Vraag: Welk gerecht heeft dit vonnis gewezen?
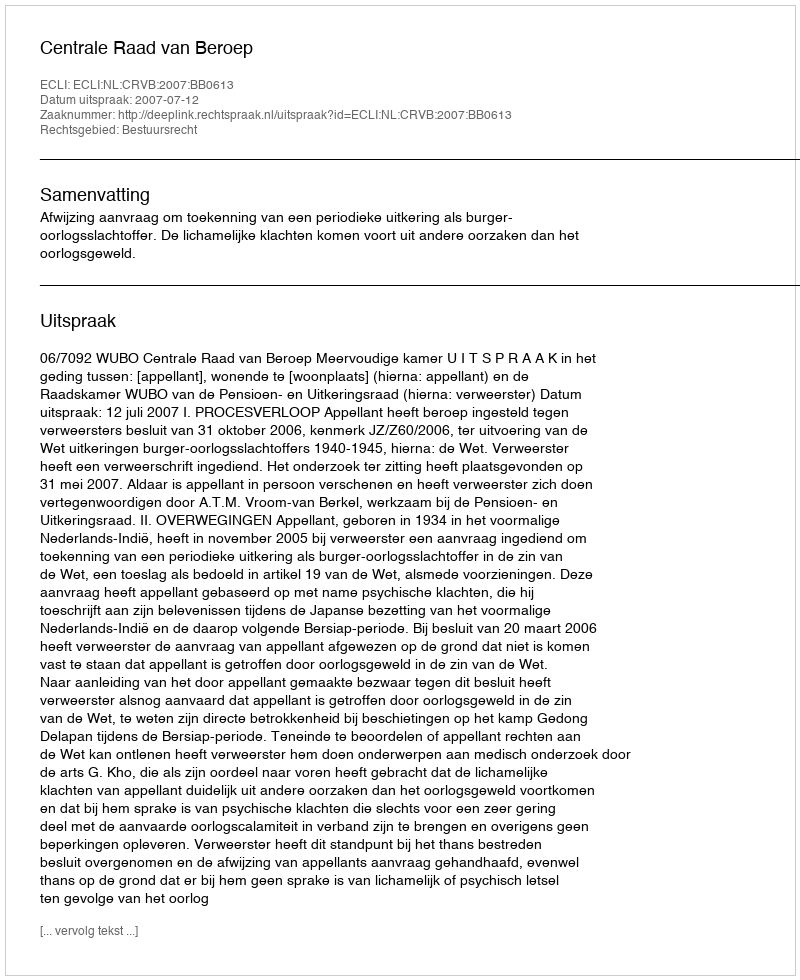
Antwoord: Centrale Raad van Beroep